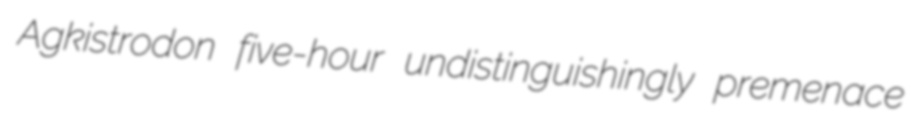
Agkistrodon five-hour undistinguishingly premenace